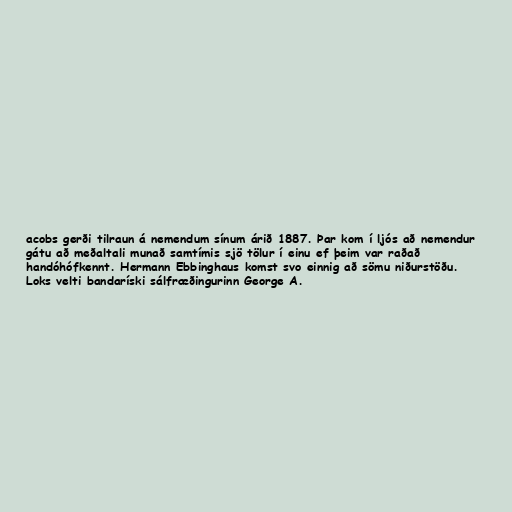
acobs gerði tilraun á nemendum sínum árið 1887. Þar kom í ljós að nemendur
gátu að meðaltali munað samtímis sjö tölur í einu ef þeim var raðað
handóhófkennt. Hermann Ebbinghaus komst svo einnig að sömu niðurstöðu.
Loks velti bandaríski sálfræðingurinn George A.